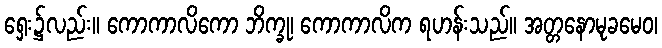
ရှေး၌လည်း။ ကောကာလိကော ဘိက္ခု၊ ကောကာလိက ရဟန်းသည်။ အတ္တနောမုခမေဝ၊